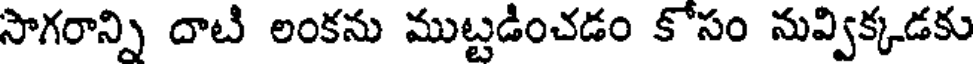
సొగరాన్ని దాటి లంకను ముట్టడించడం కోసం నువ్విక్కడకు